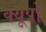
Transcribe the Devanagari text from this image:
क्यूप्रो